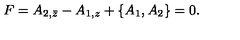
F = A _ { 2 , \bar { z } } - A _ { 1 , z } + \{ A _ { 1 } , A _ { 2 } \} = 0 .